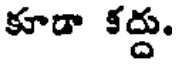
కూడా కద్దు.